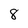
Character: 8